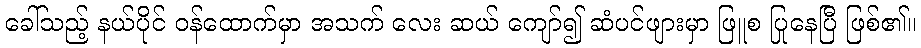
ခေါ်သည့် နယ်ပိုင် ဝန်ထောက်မှာ အသက် လေး ဆယ် ကျော်၍ ဆံပင်ဖျားမှာ ဖြူစ ပြုနေပြီ ဖြစ်၏။